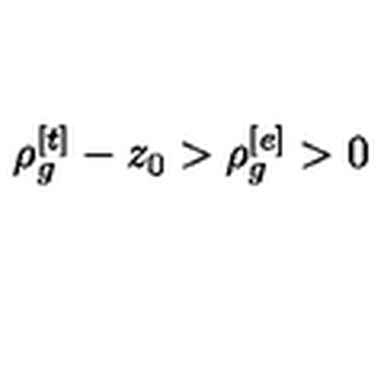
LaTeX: \rho _ { g } ^ { [ t ] } - z _ { 0 } > \rho _ { g } ^ { [ e ] } > 0